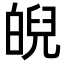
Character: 𤾆